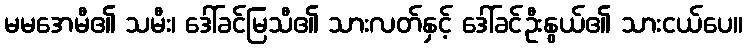
မမအေမီ၏ သမီး၊ ဒေါ်ခင်မြသီ၏ သားလတ်နှင့် ဒေါ်ခင်ဦးနွယ်၏ သားငယ်ပေ။